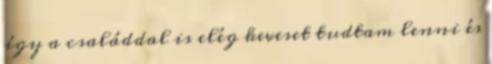
így a családdal is elég keveset tudtam lenni és